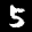
Label: 5